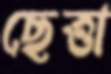
ছেত্তা